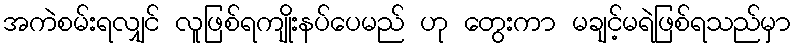
အကဲစမ်းရလျှင် လူဖြစ်ရကျိုးနပ်ပေမည် ဟု တွေးကာ မချင့်မရဲဖြစ်ရသည်မှာ